Annual administration report of the Civil Veterinary Department of India - 1907-1908
Year: 1907
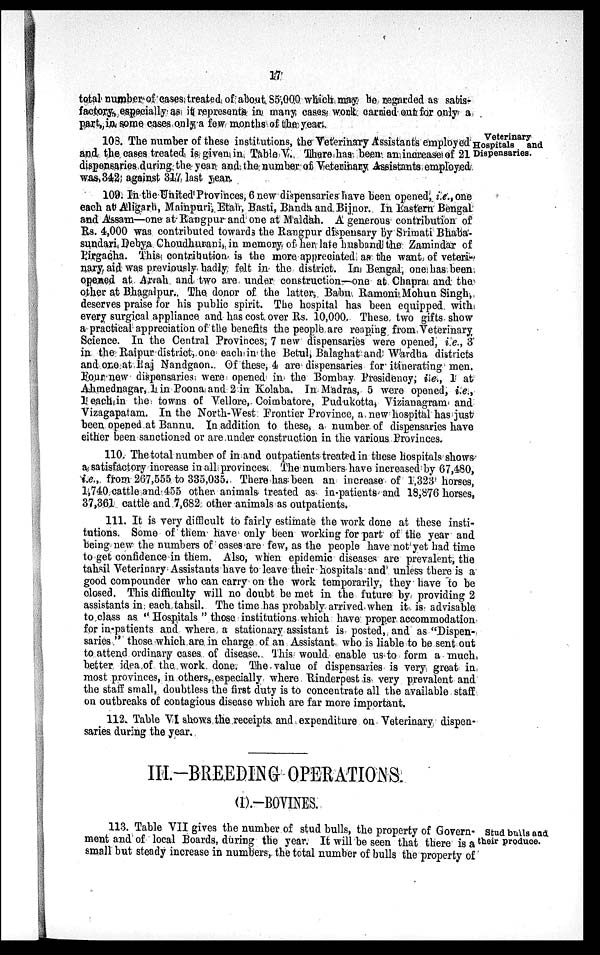
17
total number of cases treated of about 85,000 which may be regarded as satis-
factory, especially as it represents in many cases work carried out for only a
part, in some cases only a few months of the year.
Veterinary
Hospitals and
Dispensaries.
108. The number of these institutions, the Veterinary Assistants employed
and the cases treated is given in Table V. There has been an increase of 21
dispensaries during the year and the number of Veterinary Assistants employed
was, 342 against 317 last year.
109. In the United Provinces, 6 new dispensaries have been opened, i.e., one
each at Aligarti, Mainpuri, Etah, Basti, Banda and Bijnor. In Eastern Bengal
and Assam—one at Rangpur and one at Maldah. A generous contribution of
Rs. 4,000 was contributed towards the Rangpur dispensary by Srimati Bhaba-
sundari Debya Choudhurani, in memory of her late husband the Zamindar of
Pirgacha. This contribution is the more appreciated as the want of veteri-
nary aid was previously badly felt in the district. In Bengal, one has been
opened at Arrah and two are under construction—one at Chapra and the
other at Bhagalpur,. The donor of the latter, Babu Ramoni Mohun Singh,
deserves praise for his public spirit. The hospital has been equipped with
every surgical appliance and has cost over Rs. 10,000. These two gifts show
a practical appreciation of the benefits the people are reaping from Veterinary
Science. In the Central Provinces, 7 new dispensaries were opened, i.e., 3
in the Raipur district, one each in the Betul, Balaghat and Wardha districts
and one at Raj Nandgaon. Of these, 4 are dispensaries for itinerating men.
Four new dispensaries were opened in the Bombay Presidency; i.e., 1 at
Ahmednagar, 1 in Poona and 2 in Kolaba. In Madras, 5 were opened, i.e.,
1 each in the towns of Vellore, Coimbatore, Pudukotta, Vizianagram and
Vizagapatam. In the North-West Frontier Province, a new hospital has just
been opened at Bannu. In addition to these, a number of dispensaries have
either been sanctioned or are under construction in the various Provinces.
110. The total number of in and outpatients treated in these hospitals shows
a satisfactory increase in all provinces. The numbers have increased by 67,480,
i.e., from 267,555 to 335,035. There has been an increase of 1,323 horses,
1,740 cattle and 455 other animals treated as in-patients and 18,876 horses,
37,361 cattle and 7,682 other animals as outpatients.
111. It is very difficult to fairly estimate the work done at these insti-
tutions. Some of them have only been working for part of the year and
being new the numbers of cases are few, as the people have not yet had time
to get confidence in them. Also, when epidemic diseases are prevalent, the
tahsil Veterinary Assistants have to leave their hospitals and unless there is a
good compounder who can carry on the work temporarily, they have to be
closed. This difficulty will no doubt be met in the future by providing 2
assistants in each tahsil. The time has probably arrived when it is advisable
to class as "Hospitals" those institutions which have proper accommodation
for in-patients and where a stationary assistant is posted, and as "Dispen-
saries" those which are in charge of an Assistant who is liable to be sent out
to attend ordinary cases of disease. This would enable us to form a much
better idea of the work done. The value of dispensaries is very great in
most provinces, in others, especially where Rinderpest is very prevalent and
the staff small, doubtless the first duty is to concentrate all the available staff
on outbreaks of contagious disease which are far more important.
112. Table VI shows the receipts and expenditure on Veterinary dispen-
saries during the year.
III.—BREEDING OPERATIONS.
(1).—BOVINES.
Stud buils and
their produce.
113. Table VII gives the number of stud bulls, the property of Govern-
ment and of local Boards, during the year. It will be seen that there is a
small but steady increase in numbers, the total number of bulls the property of